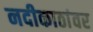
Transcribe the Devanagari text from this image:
नदीकाठांवर